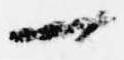
一